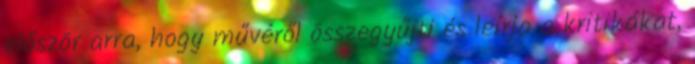
először arra, hogy művéről összegyűjti és leírja a kritikákat,